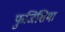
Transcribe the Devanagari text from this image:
फुजिशिमा